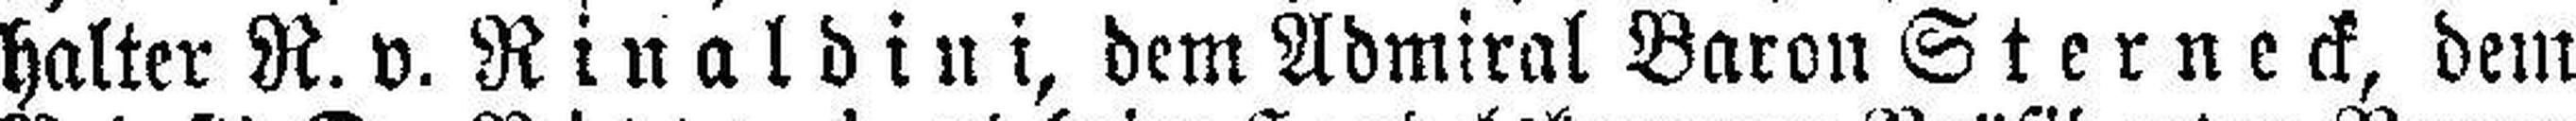
halter R. v. Rinaldini, dem Admiral Baron Sterneck, dem